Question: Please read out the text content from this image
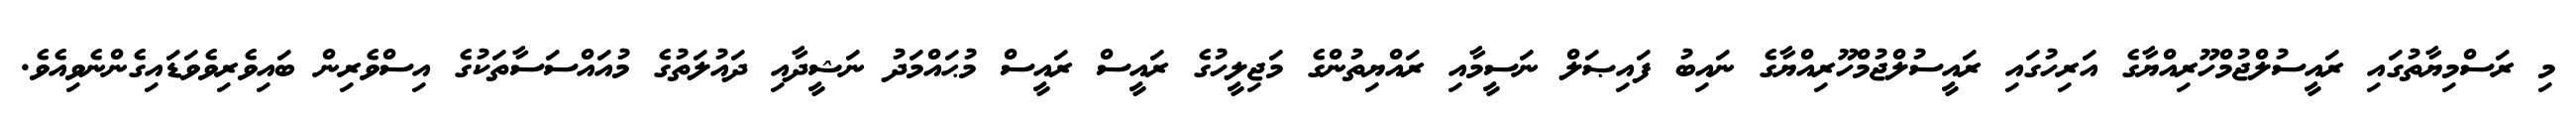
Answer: މި ރަސްމިޔާތުގައި ރައީސުލްޖުމްހޫރިއްޔާގެ އަރިހުގައި ރައީސުލްޖުމްހޫރިއްޔާގެ ނައިބު ފައިޞަލް ނަސީމާއި ރައްޔިތުންގެ މަޖިލީހުގެ ރައީސް ރައީސް މުޙައްމަދު ނަޝީދާއި ދައުލަތުގެ މުއައްސަސާތަކުގެ އިސްވެރިން ބައިވެރިވެވަޑައިގެންނެވިއެވެ.